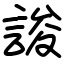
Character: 誜